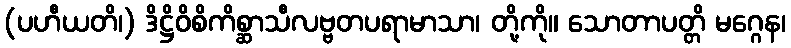
(ပဟီယတိ၊) ဒိဋ္ဌိဝိစိကိစ္ဆာသီလဗ္ဗတပရာမာသာ၊ တို့ကို။ သောတာပတ္တိ မဂ္ဂေန၊